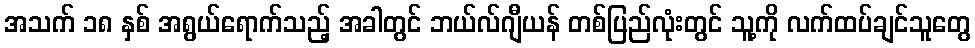
အသက် ၁၈ နှစ် အရွယ်ရောက်သည့် အခါတွင် ဘယ်လ်ဂျီယန် တစ်ပြည်လုံးတွင် သူ့ကို လက်ထပ်ချင်သူတွေ